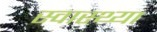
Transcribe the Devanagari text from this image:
स्‍वास्‍थ्‍या